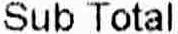
SUB TOTAL